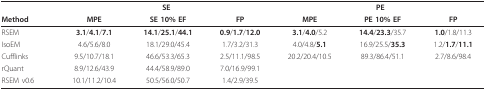
|  | <COLSPAN=3> SE | <COLSPAN=3> PE |
 | Method | MPE | SE 10% EF | FP | MPE | PE 10% EF | FP |
 | --- | --- | --- | --- | --- | --- | --- |
 | RSEM | 3.1/4.1/7.1 | 14.1/25.1/44.1 | 0.9/1.7/12.0 | 3.1/4.0/5.2 | 14.4/23.3/35.7 | 1.0/1.8/11.3 |
 | IsoEM | 4.6/5.6/8.0 | 18.1/29.0/45.4 | 1.7/3.2/31.3 | 4.0/4.8/5.1 | 16.9/25.5/35.3 | 1.2/1.7/11.1 |
 | Cufflinks | 9.5/10.7/18.1 | 46.6/53.3/65.3 | 2.5/11.1/98.5 | 20.2/20.4/10.5 | 89.3/86.4/51.1 | 2.7/8.6/98.4 |
 | rQuant | 8.9/12.6/43.9 | 44.4/58.9/89.0 | 7.0/16.9/99.1 |  |  |  |
 | RSEM v0.6 | 10.1/11.2/10.4 | 50.5/56.0/50.7 | 1.4/2.9/39.5 |  |  |  |